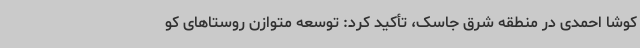
کوشا احمدی در منطقه شرق جاسک، تأکید کرد: توسعه متوازن روستاهای کو